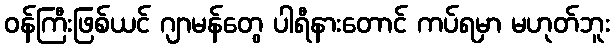
ဝန်ကြီးဖြစ်ယင် ဂျာမန်တွေ ပါရီနားတောင် ကပ်ရမှာ မဟုတ်ဘူး